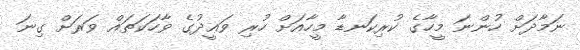
ނަމާދަށް ހުންނަ މީހާގެ ކުރިކަނޑާ މީހާއަށް ހުރި ވަޢީދުގެ ވާހަކަތައް ވަރަށް ގިނަ